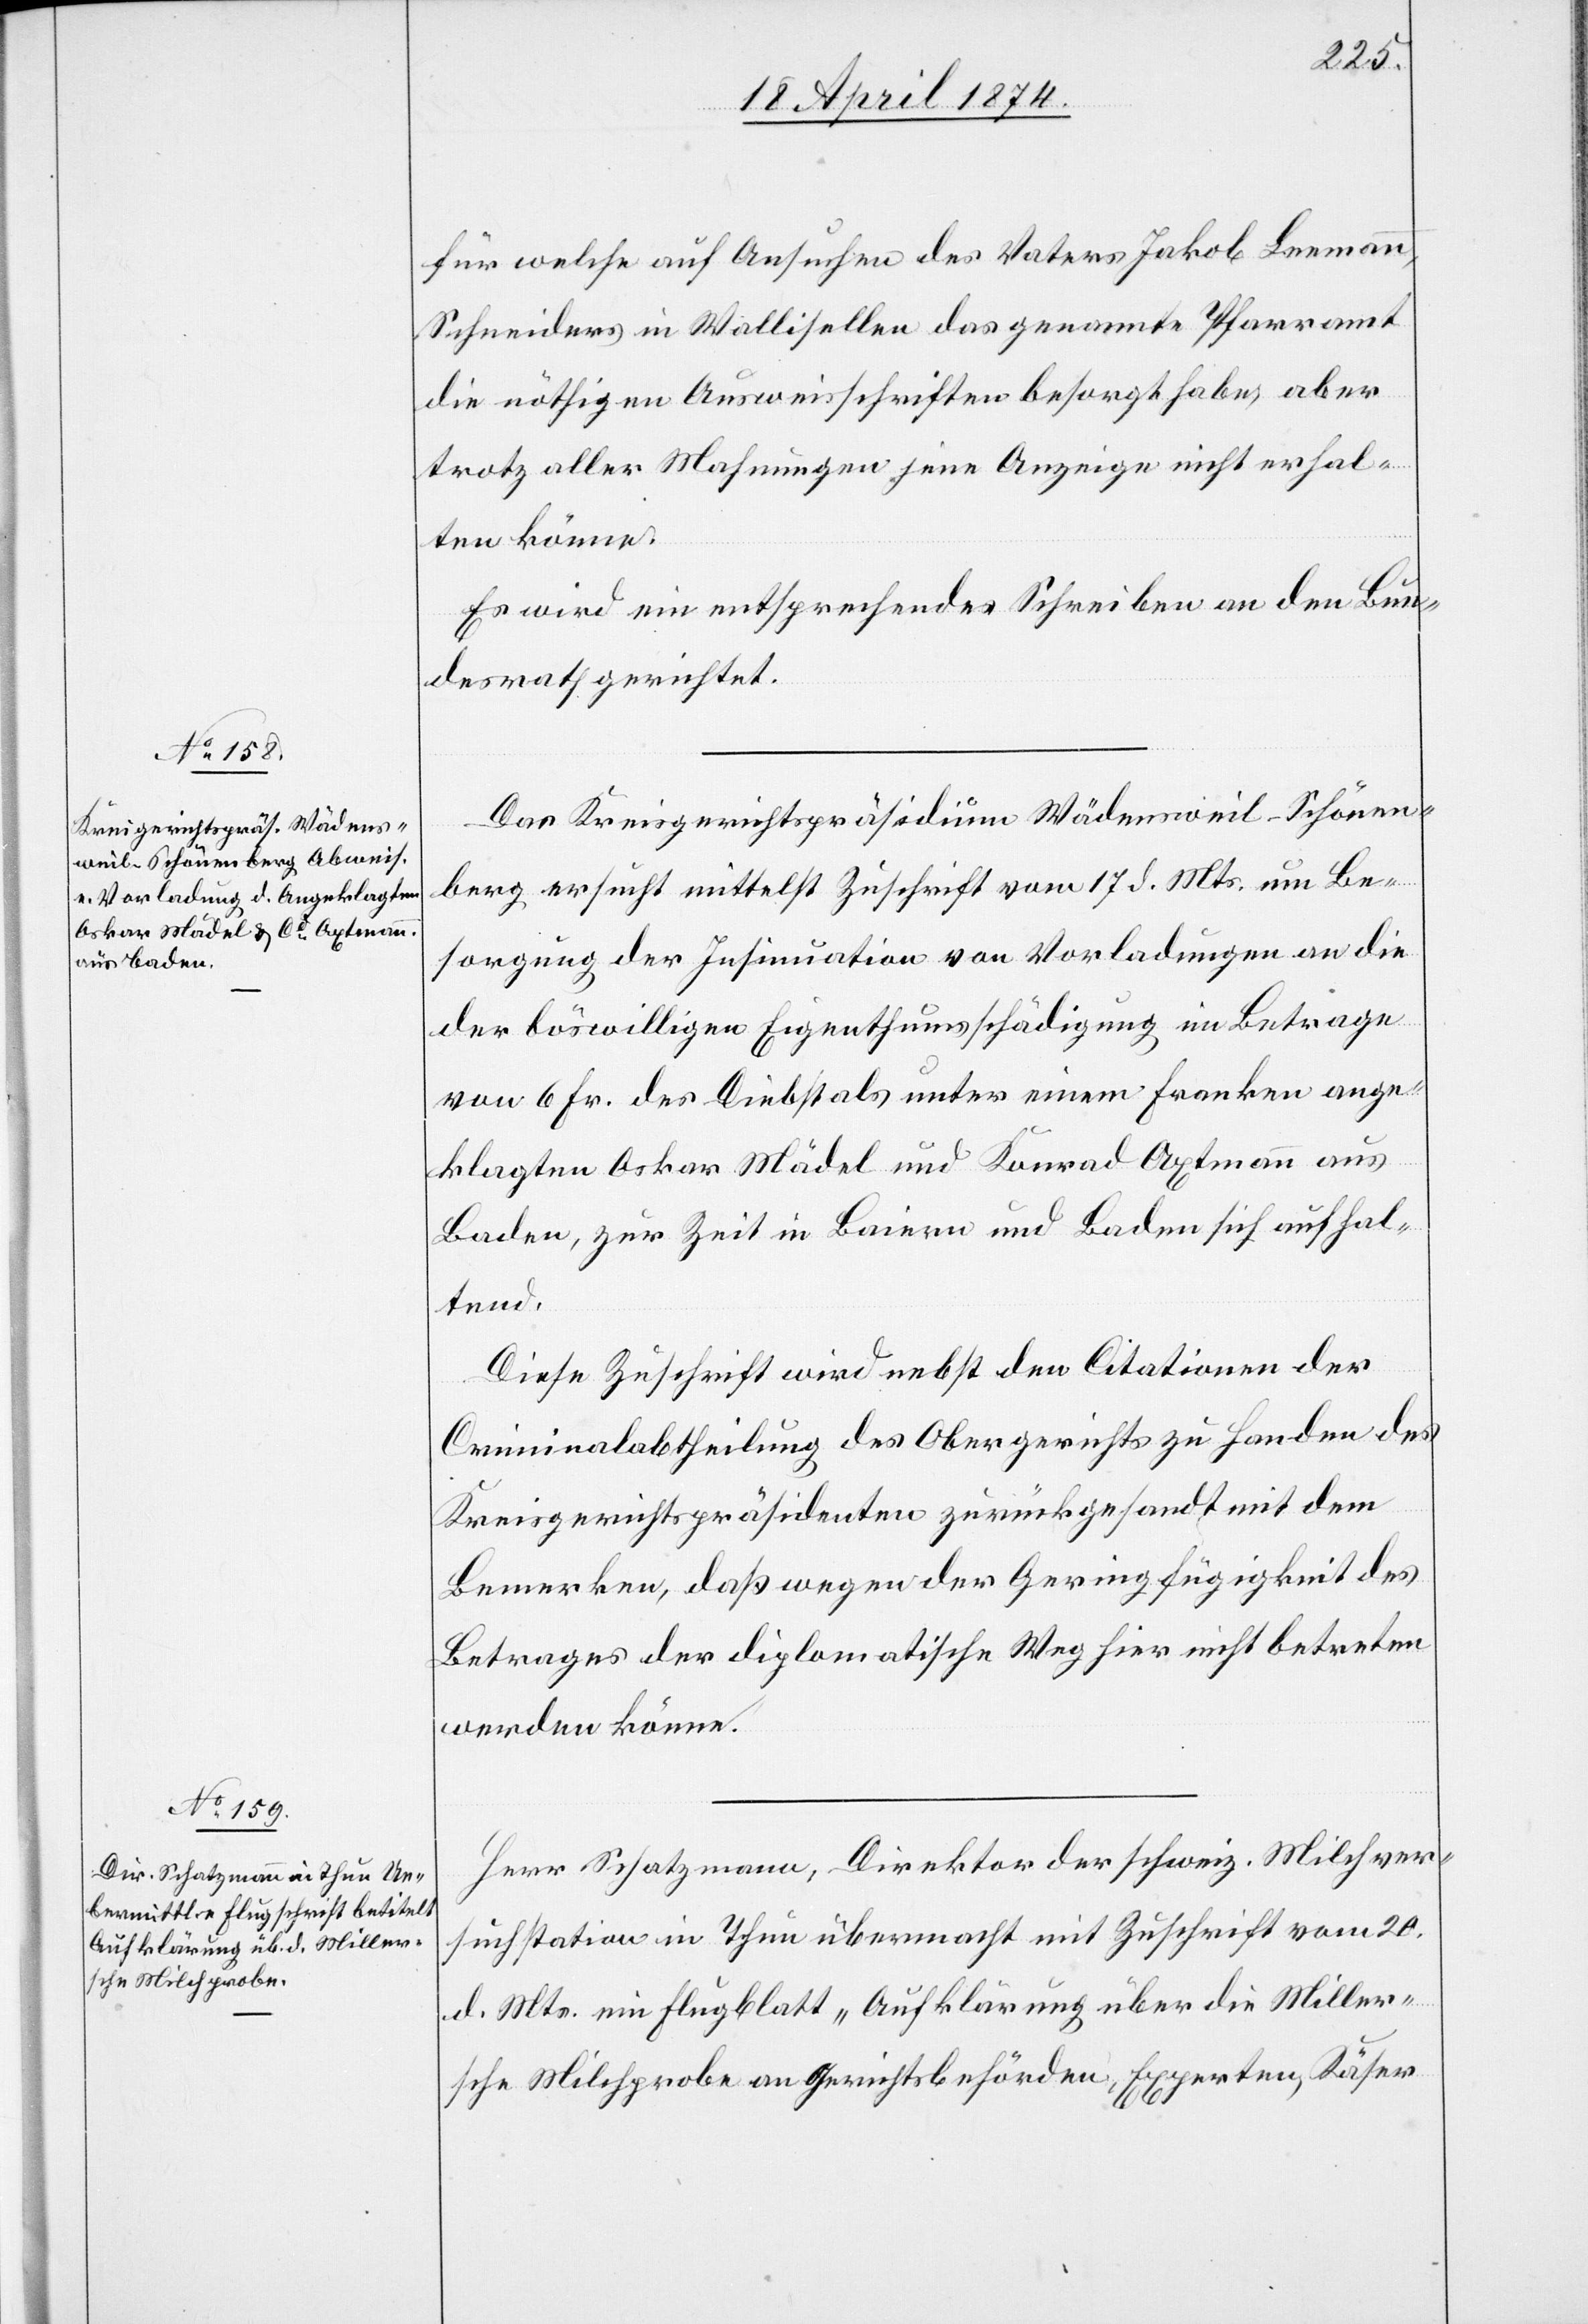
21. April 1874.]
für welche auf Ansuchen des Vaters Jakob Leemann,
Schneiders in Wallisellen das genannte Pfarramt
die nöthigen Ausweisschriften besorgt habe, aber
trotz aller Mahnungen jene Anzeige nicht erhal¬
ten könne.
Es wird ein entsprechendes Schreiben an den Bun¬
desrath gerichtet.
Das Kreisgerichtspräsidium Wädensweil-Schönen¬
berg ersucht mittelst Zuschrift vom 17. d. Mts. um Be¬
sorgung der Insinuation von Vorladungen an die
der böswilligen Eigenthumsschädigung im Betrage
von 6 Fr. des Diebstals unter einem Franken ange¬
klagten Oskar Mädel und Konrad Axtmann aus
Baden, zur Zeit in Baiern und Baden sich aufhal¬
tend.
Diese Zuschrift wird nebst den Citationen der
Criminalabtheilung des Obergerichts zu Handen des
Kreisgerichtspräsidenten zurückgesandt mit dem
Bemerken, daß wegen der Geringfügigkeit des
Betrages der diplomatische Weg hier nicht betreten
werden könne.
Herr Schatzmann, Direktor der schweiz. Milchver¬
suchstation in Thun übermacht mit Zuschrift vom 20.
d. Mts. ein Flugblatt „Aufklärung über die Miller¬
sche Milchprobe an Gerichtsbehörden, Experten, Käser